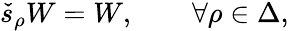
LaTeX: \check{s}_{\rho}W=W,\qquad\forall\rho\in\Delta,